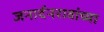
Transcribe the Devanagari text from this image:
जनार्दनरावांच्या